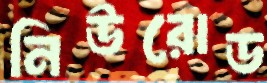
নিউরোড